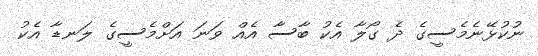
ނުކުޅޭނެމެސީގެ ދެ ގޯލާ އެކު ބާސާ އެއް ވަނަ އަށްމެސީގެ ލަނޑާ އެކު